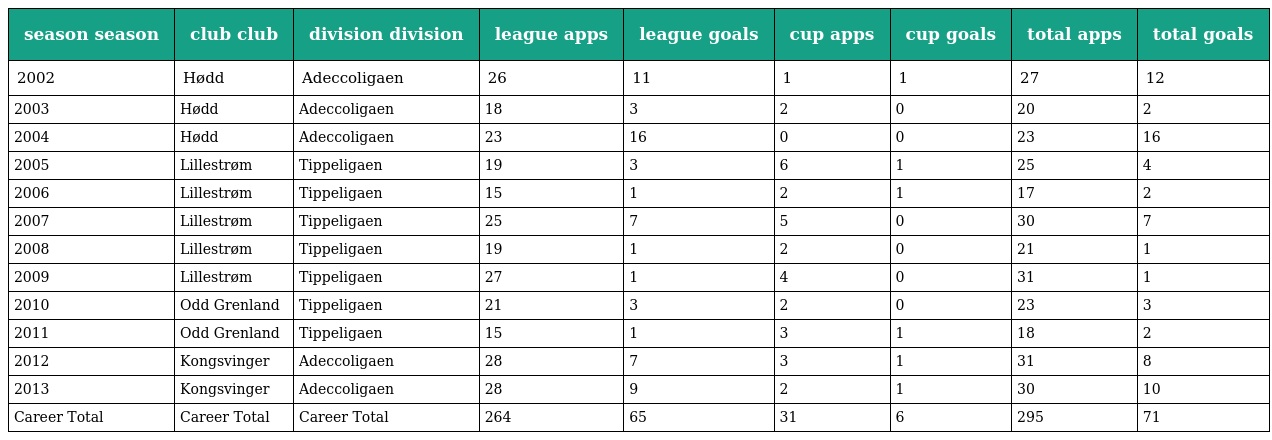
| season season | club club | division division | league apps | league goals | cup apps | cup goals | total apps | total goals |
 | --- | --- | --- | --- | --- | --- | --- | --- | --- |
 | 2002 | Hødd | Adeccoligaen | 26 | 11 | 1 | 1 | 27 | 12 |
 | 2003 | Hødd | Adeccoligaen | 18 | 3 | 2 | 0 | 20 | 2 |
 | 2004 | Hødd | Adeccoligaen | 23 | 16 | 0 | 0 | 23 | 16 |
 | 2005 | Lillestrøm | Tippeligaen | 19 | 3 | 6 | 1 | 25 | 4 |
 | 2006 | Lillestrøm | Tippeligaen | 15 | 1 | 2 | 1 | 17 | 2 |
 | 2007 | Lillestrøm | Tippeligaen | 25 | 7 | 5 | 0 | 30 | 7 |
 | 2008 | Lillestrøm | Tippeligaen | 19 | 1 | 2 | 0 | 21 | 1 |
 | 2009 | Lillestrøm | Tippeligaen | 27 | 1 | 4 | 0 | 31 | 1 |
 | 2010 | Odd Grenland | Tippeligaen | 21 | 3 | 2 | 0 | 23 | 3 |
 | 2011 | Odd Grenland | Tippeligaen | 15 | 1 | 3 | 1 | 18 | 2 |
 | 2012 | Kongsvinger | Adeccoligaen | 28 | 7 | 3 | 1 | 31 | 8 |
 | 2013 | Kongsvinger | Adeccoligaen | 28 | 9 | 2 | 1 | 30 | 10 |
 | Career Total | Career Total | Career Total | 264 | 65 | 31 | 6 | 295 | 71 |